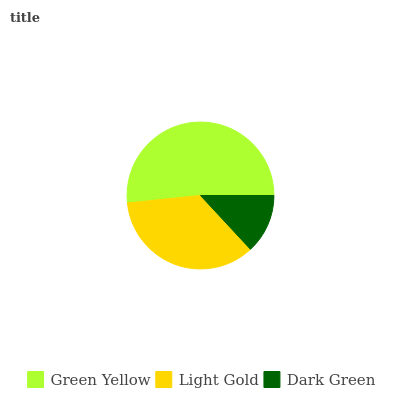
| Green Yellow | Light Gold | Dark Green |
 | --- | --- | --- |
 | 51.6% | 35.3% | 13.1% |